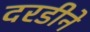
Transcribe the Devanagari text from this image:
दरडीने